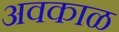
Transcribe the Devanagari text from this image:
अवकाळ